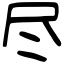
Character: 尽